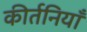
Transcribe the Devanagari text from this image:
कीर्तनियाँ